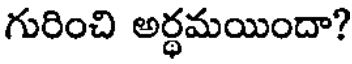
గురించి అర్ధమయిందా?